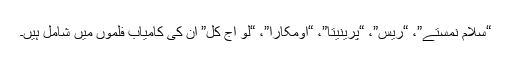
“سلام نمستے”، “ریس”، “پرینیتا”، “اومکارا”، “لو آج کل” ان کی کامیاب فلموں میں شامل ہیں۔